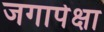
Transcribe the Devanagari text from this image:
जगापेक्षा